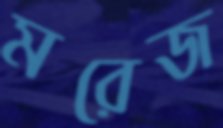
মরেজ